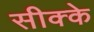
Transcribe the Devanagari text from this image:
सीक्के